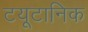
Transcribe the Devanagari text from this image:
टयूटानिक